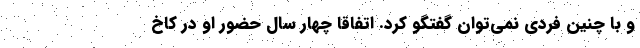
و با چنین فردی نمی‌توان گفتگو کرد. اتفاقاً چهار سال حضور او در کاخ